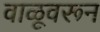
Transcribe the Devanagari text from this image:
वाळूवरून